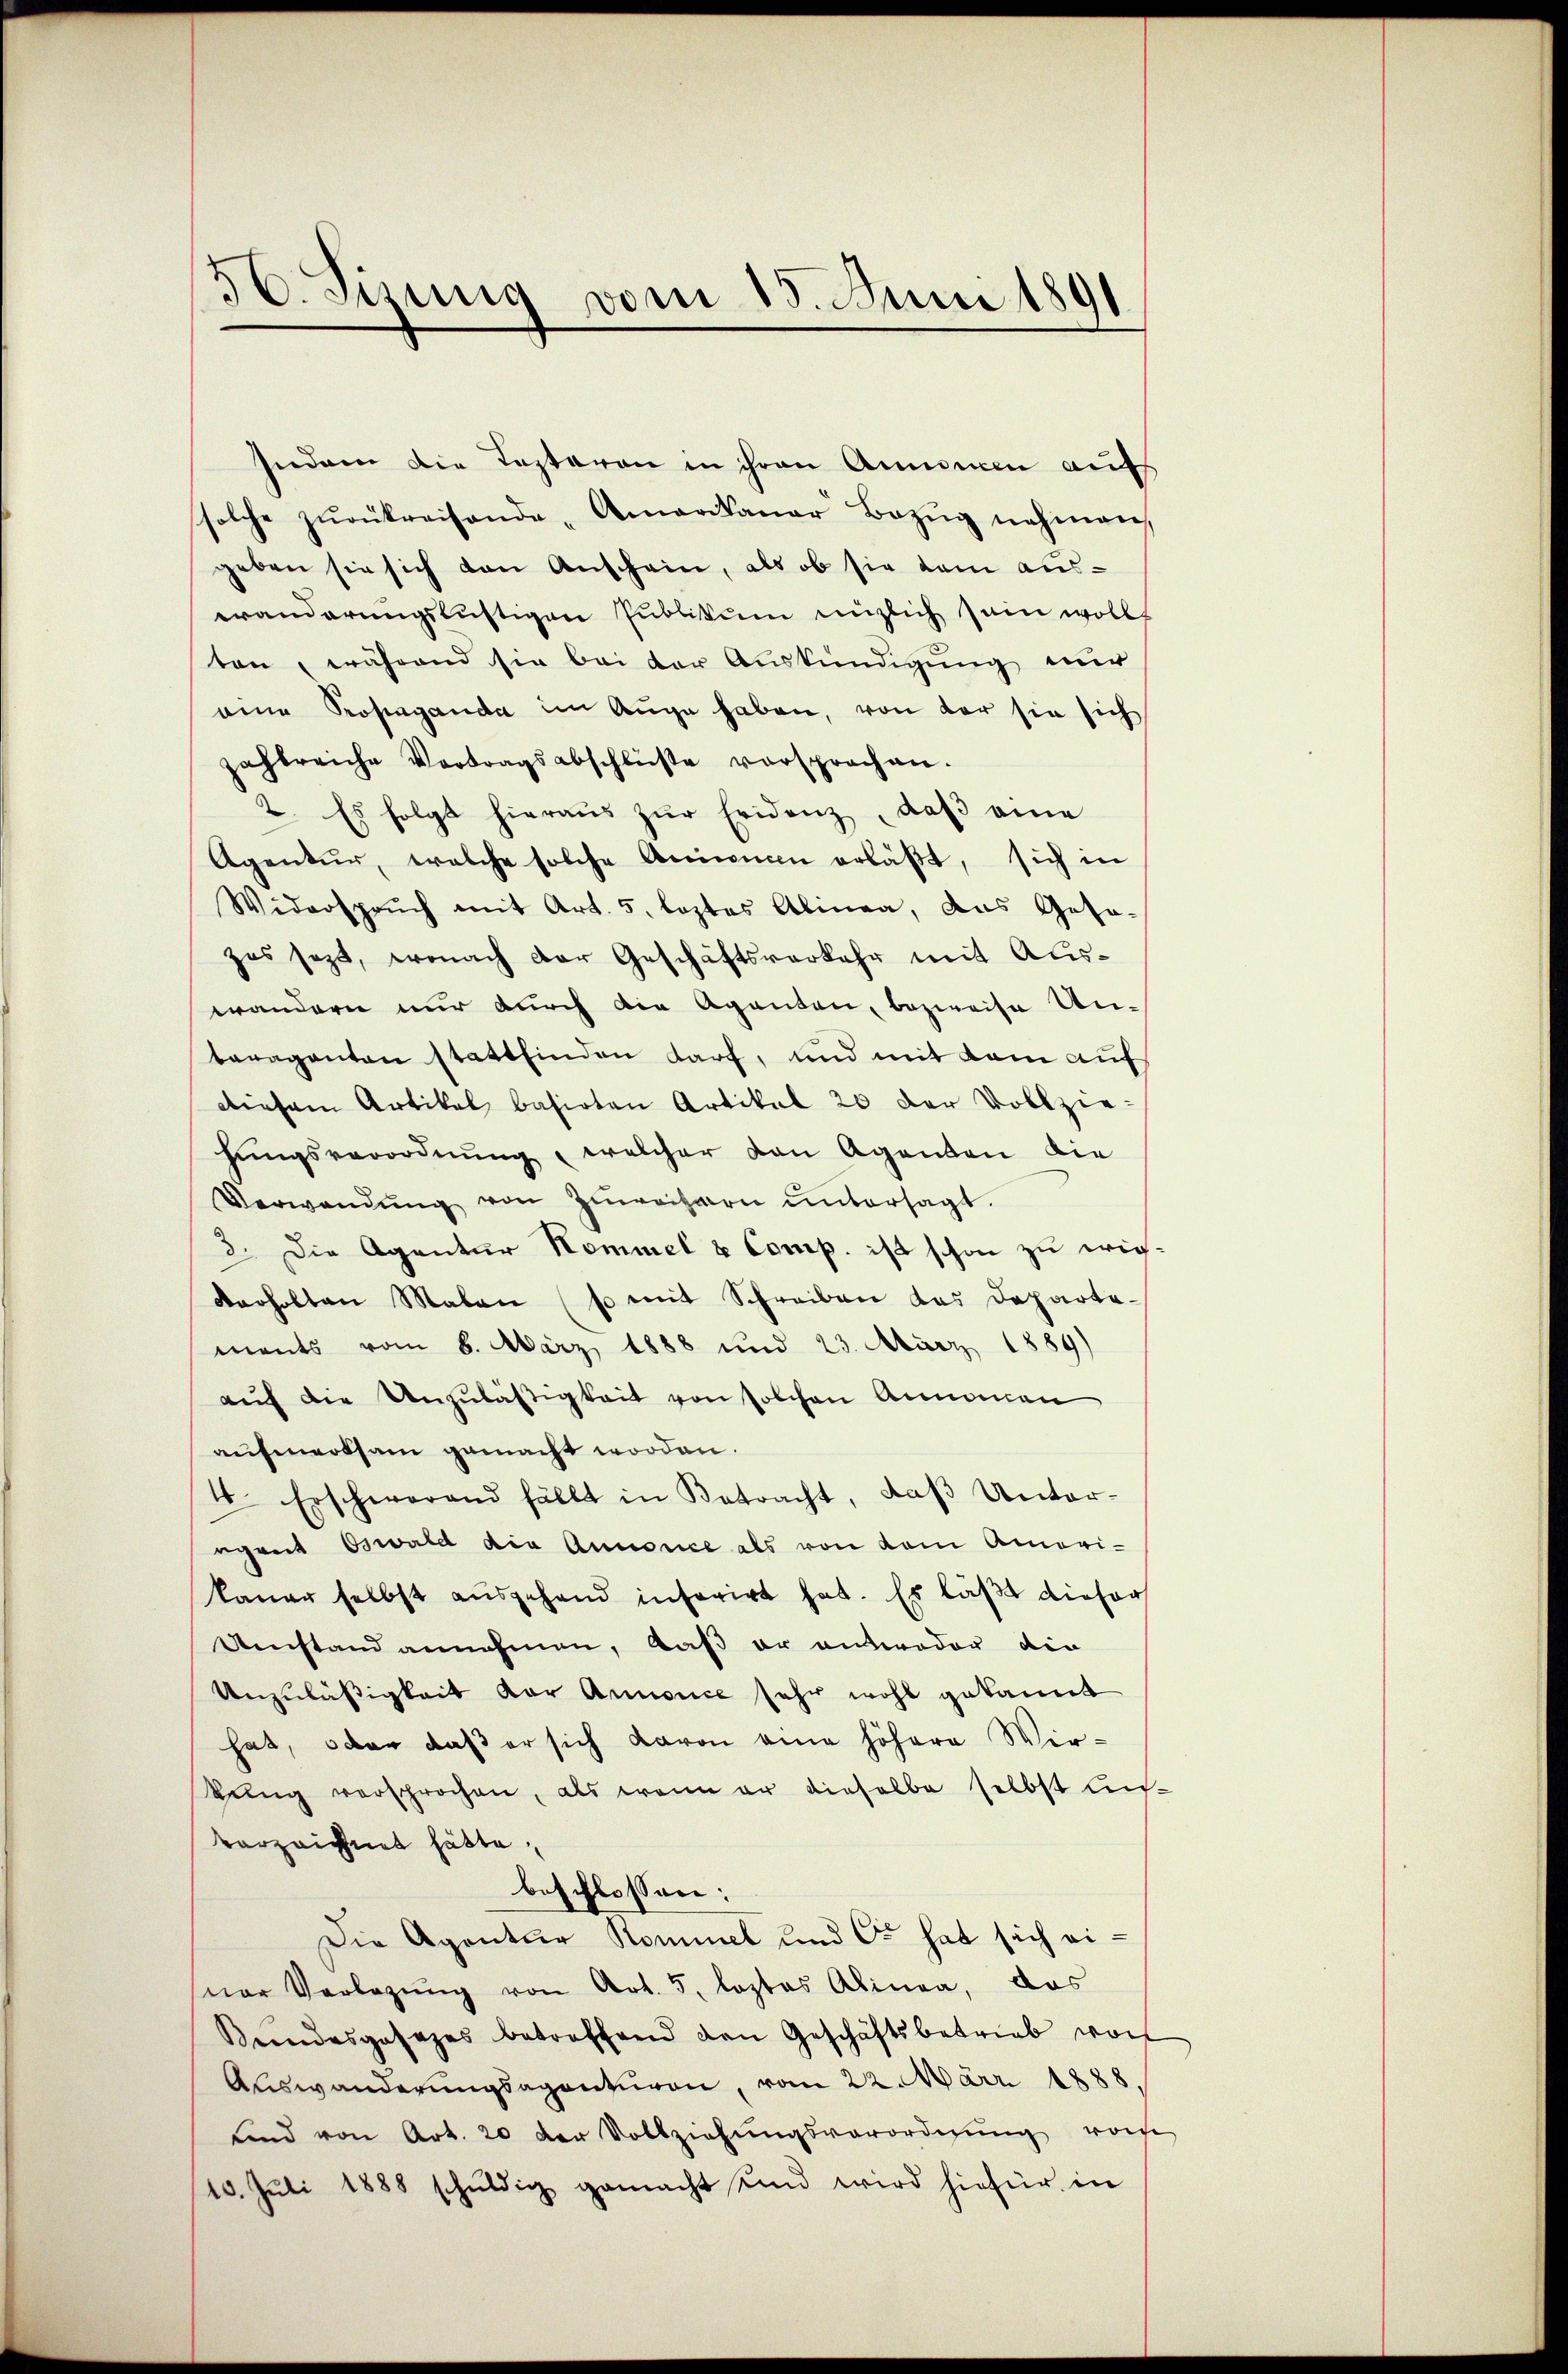
e
16. Sisung vom 15. Juni 1891

Indem die Testaren in ihren Ammenen aufs
solche zŭrükreisende Amerikaner Bezŭg nehmen,
geben sie sich von Anschein, als ob sie kam auseränderŭngslustigen Publikum enzlich sein wollt
ten, während sie bei der Auskündigung nur
eine Propaganda im Auge haben, von der sie sich
zahlreiche Vortragsabschlüße versprochen.
2. Es folgt hieraŭs zŭr Evidenz, daß eine
Agentur, welche solche Armencen erläβt, sich in
Widersprŭch mit Art. 5. leztes Alinea, das Gesa-
zes sezt, wonach der Geschäftsverkehr mit Auswändern nur durch die Agenten, bezweise Untaraganten stattfinden darf, und mit kam auf
diesem Artikel basirten Artikel 20 der Vollzie-
hŭngsverordnŭng, welcher von Agenten die
Verwendŭng von Zuweisern ŭntersagt.
3. Die Agentur Kommel & Comp. ist schon zu eigderholten Malen (so mit Schreiben das Departemants vom 8. März 1888 und 23. März 1889)
auf die Unzuläßigkeit von solchen Annamen
aufmerksam gemacht worden.
4. Erschwerend fällt in Betracht, daβ Unter-
egreit Oswald die Annonce als von dem Amerikaner selbst ausgehand inferirt hat. Es läßt dieser
Umstand annehmen, daß er antweder die
Unzulässigkeit vor Annonce sehr wohl gekannt
hat, oder daß er sich davon eine höhere Wir-
kung versprochen, als wenn er dieselbe selbst Ausvorzeichnet hätte,
beschlossen:
Die Agentur Kommel und Co hat sich einer Verlegŭng von Art. 5. leztes Alinea, das
Bŭndesgesezes betroffend den Geschäftsbetrieb von
Auswanderungsagenturen, vom 22. März 1888.
ŭnd von Art. 20 der Vollziehŭngsverordnŭng vom
10. Jŭli 1888 schŭldig gemacht und wird hiefür in